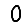
Digit: 0